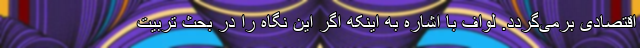
اقتصادی برمی‌گردد. لواف با اشاره به اینکه اگر این نگاه را در بحث تربیت